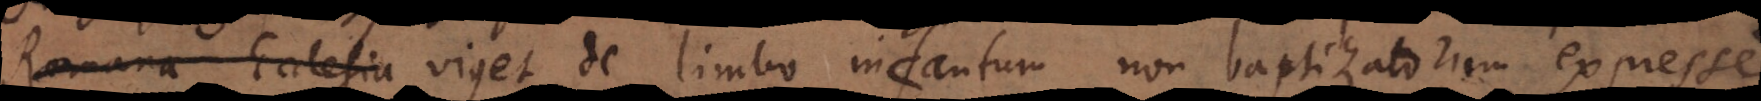
mana Ecclesia viget de limbo infantum non baptizatorum expresse